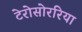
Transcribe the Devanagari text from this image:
टेरोसोररिया